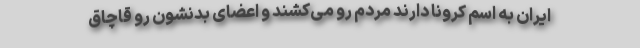
ایران به اسم کرونا دارند مردم رو می‌کشند و اعضای بدنشون رو قاچاق